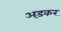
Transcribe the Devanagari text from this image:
अड़कर